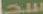
سدا